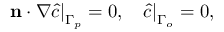
\left. \mathbf { n } \cdot \nabla \hat { c } \right| _ { \Gamma _ { p } } = 0 , \; \; \; \left. \hat { c } \right| _ { \Gamma _ { o } } = 0 ,